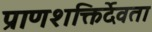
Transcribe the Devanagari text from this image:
प्राणशक्तिर्देवता